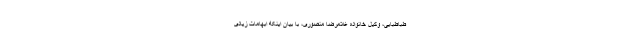
طباطبایی، وکیل خانواده غلامرضا منصوری، با بیان اینکه ابهامات زیادی